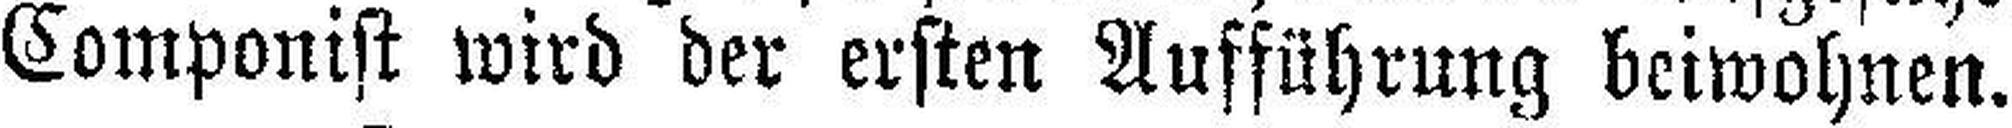
Componist wird der ersten Aufführung beiwohnen.